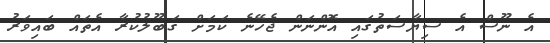
އެ ނޫސް އެ ސިޔާސަތުގައި އޮންނަން ޖެހޭނެ ކަމަށް ގަބޫލުކުރާ އެތައް ބައިވަރު